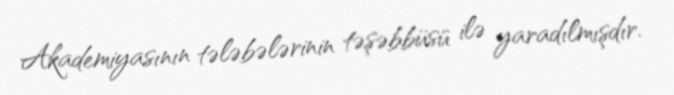
Akademiyasının tələbələrinin təşəbbüsü ilə yaradılmışdır.